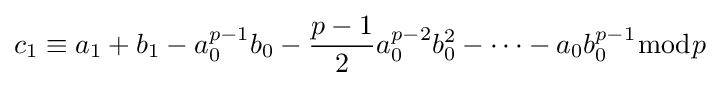
c_{1}\equiv a_{1}+b_{1}-a_{0}^{p-1}b_{0}-{\frac {p-1}{2}}a_{0}^{p-2}b_{0}^{2}-\cdots -a_{0}b_{0}^{p-1}{\bmod {p}}